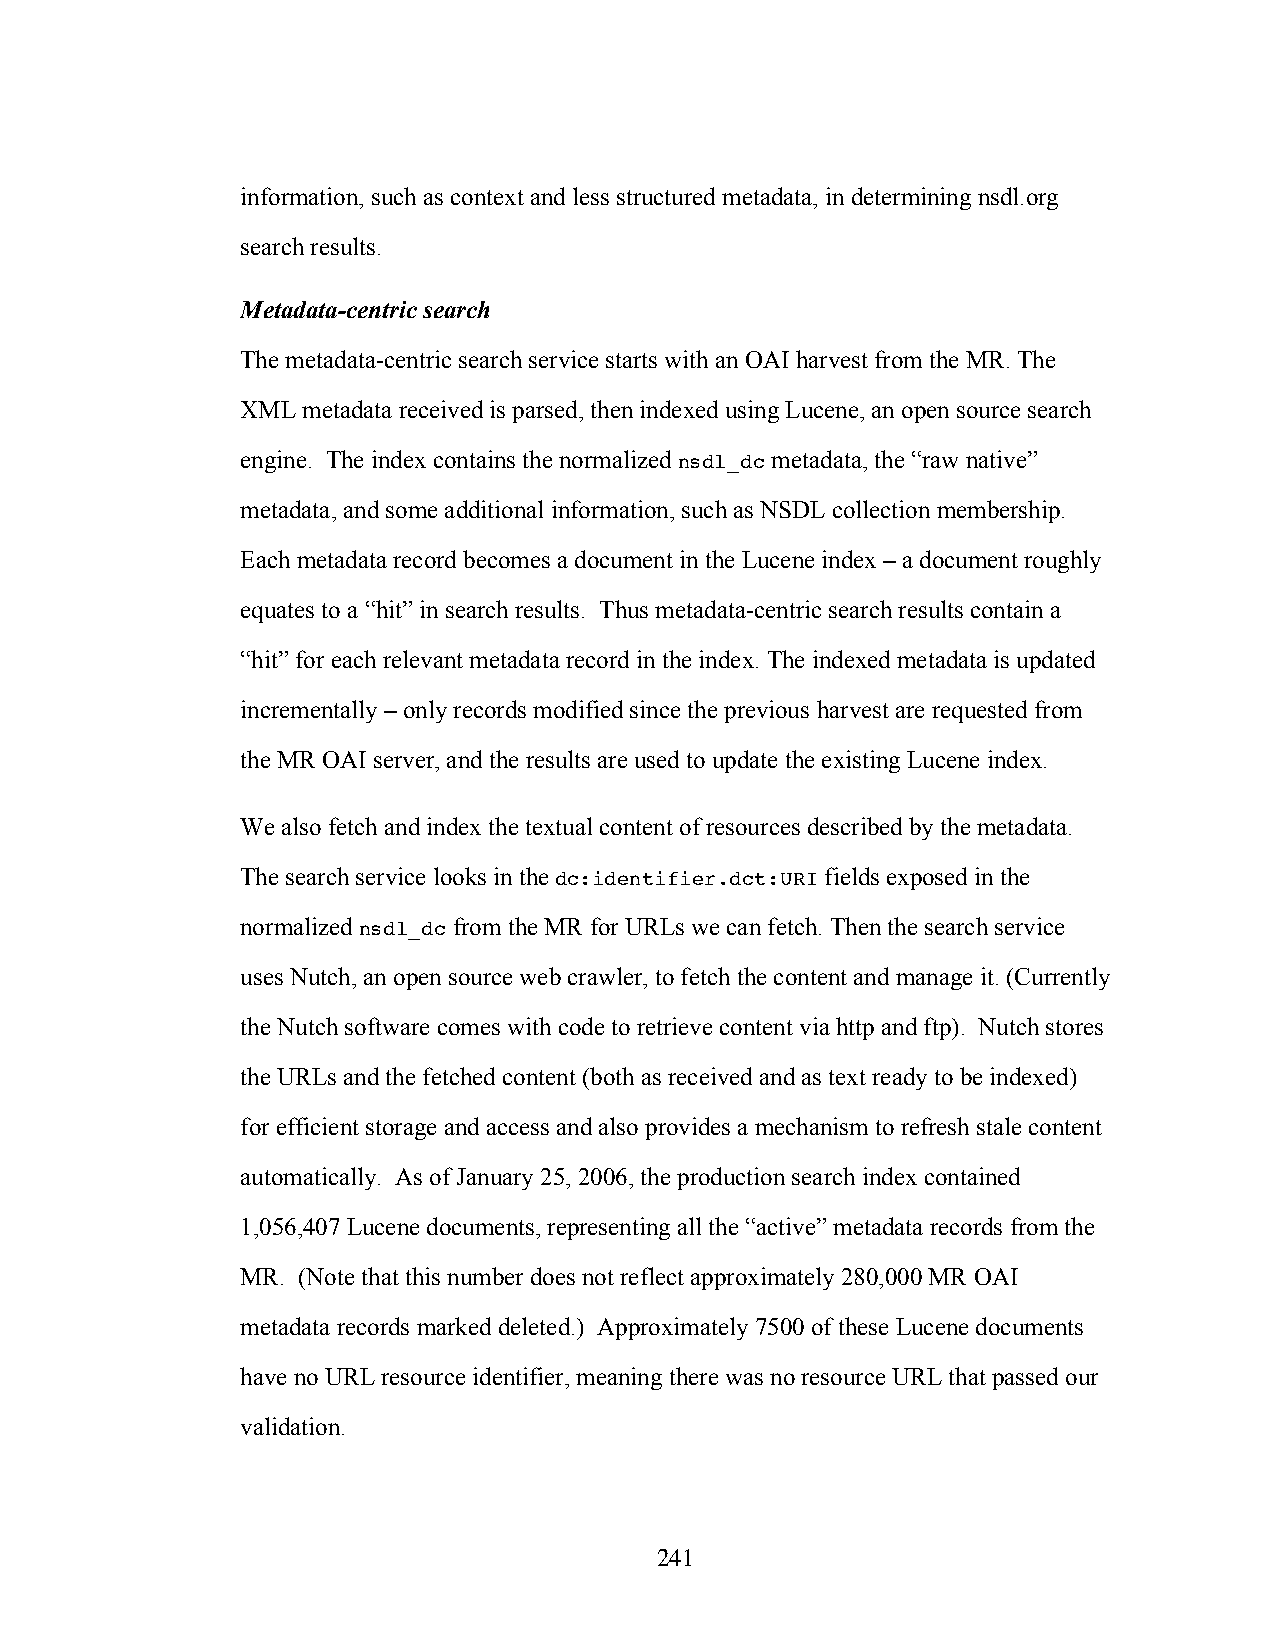
information, such as context and less structured metadata, in determining nsdl.org
 search results.
 Metadata-centric search
 The metadata-centric search service starts with an OAI harvest from the MR. The
 XML metadata received is parsed, then indexed using Lucene, an open source search
 engine. The index contains the normalized nsdl_dc metadata, the “raw native”
 metadata, and some additional information, such as NSDL collection membership.
 Each metadata record becomes a document in the Lucene index – a document roughly
 equates to a “hit” in search results. Thus metadata-centric search results contain a
 “hit” for each relevant metadata record in the index. The indexed metadata is updated
 incrementally – only records modified since the previous harvest are requested from
 the MR OAI server, and the results are used to update the existing Lucene index.
 We also fetch and index the textual content of resources described by the metadata.
 The search service looks in the dc:identifier.dct:URI fields exposed in the
 normalized nsdl_dc from the MR for URLs we can fetch. Then the search service
 uses Nutch, an open source web crawler, to fetch the content and manage it. (Currently
 the Nutch software comes with code to retrieve content via http and ftp). Nutch stores
 the URLs and the fetched content (both as received and as text ready to be indexed)
 for efficient storage and access and also provides a mechanism to refresh stale content
 automatically. As of January 25, 2006, the production search index contained
 1,056,407 Lucene documents, representing all the “active” metadata records from the
 MR. (Note that this number does not reflect approximately 280,000 MR OAI
 metadata records marked deleted.) Approximately 7500 of these Lucene documents
 have no URL resource identifier, meaning there was no resource URL that passed our
 validation.
 241